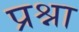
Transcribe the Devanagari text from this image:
प्रश्ना